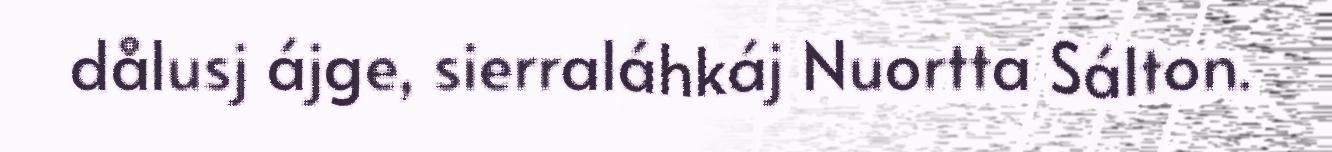
dålusj ájge, sierraláhkáj Nuortta Sálton.